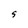
Character: S